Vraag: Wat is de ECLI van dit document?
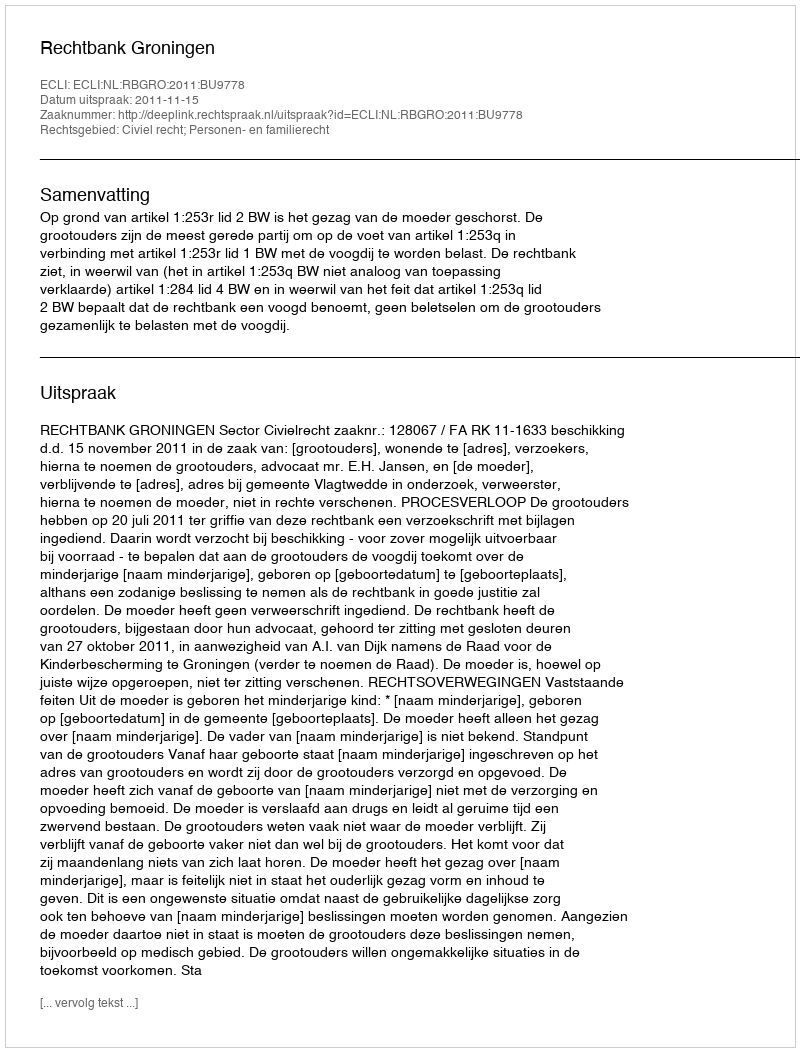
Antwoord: ECLI:NL:RBGRO:2011:BU9778